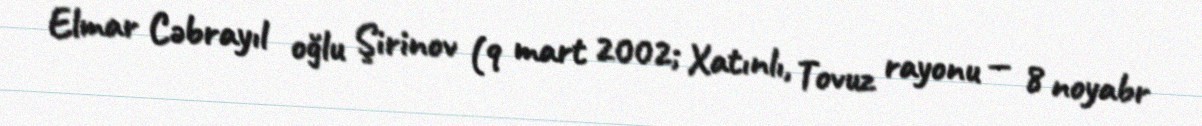
Elmar Cəbrayıl oğlu Şirinov (9 mart 2002; Xatınlı, Tovuz rayonu — 8 noyabr